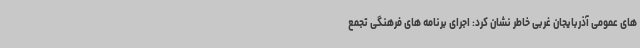
های عمومی آذربایجان غربی خاطر نشان کرد: اجرای برنامه های فرهنگی تجمع